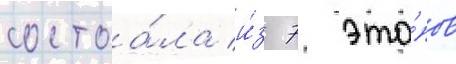
состоа́ла и́з 7 эта́пов